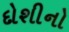
દોશીનો